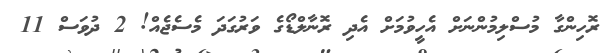
ރޮހިންގާ މުސްލިމުންނަށް އެހީވުމަށް އެދި ރޮނާލްޑޯގެ ވަރުގަދަ މެސެޖެއް! 2 ދުވަސް 11